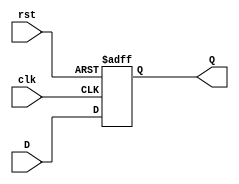
module Register
#(parameter DATA_WIDTH=32)
(
	input rst, clk,
	input [DATA_WIDTH-1:0] D,
	output reg  [DATA_WIDTH-1:0] Q
);
	
	always @(posedge clk or posedge rst) 
	begin
		if (rst)
			Q <= 0;
		else 
			Q <= D;
	end
	
endmodule